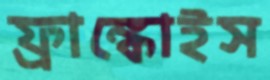
ফ্রাঙ্কোইস